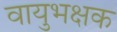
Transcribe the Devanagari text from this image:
वायुभक्षक